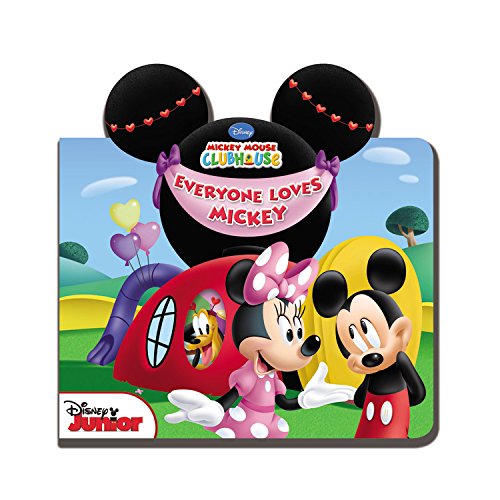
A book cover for Mickey Mouse Clubhouse: Everyone Loves Mickey; Disney Book Group; Children's Books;